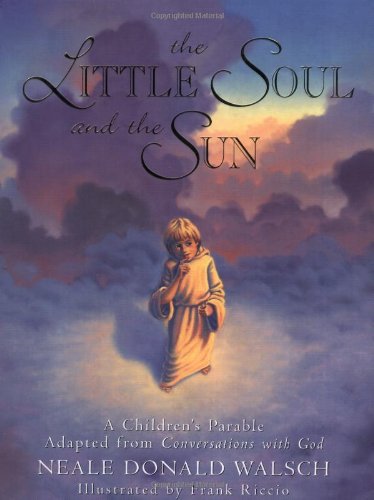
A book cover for The Little Soul and the Sun; Neale Donald Walsch; Children's Books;